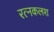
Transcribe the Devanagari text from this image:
रत्‍नकलश